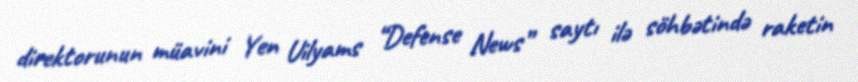
direktorunun müavini Yen Uilyams “Defense News” saytı ilə söhbətində raketin